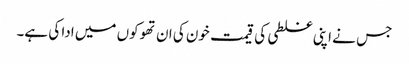
جس نے اپنی غلطی کی قیمت خون کی ان تھوکوں میں ادا کی ہے۔